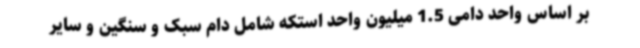
بر اساس واحد دامی 1.5 میلیون واحد استکه شامل دام سبک و سنگین و سایر